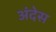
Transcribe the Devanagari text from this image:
अंदेस